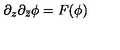
\partial _ { z } \partial _ { \bar { z } } \phi = F ( \phi )